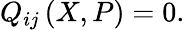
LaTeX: Q_{ij}\left(X,P\right)=0.